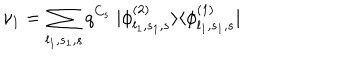
LaTeX: \nu _ { 1 } = \sum _ { l _ { 1 } , s _ { 1 } , s } q ^ { C _ { s } } ~ | \phi _ { l _ { 1 } , s _ { 1 } , s } ^ { ( 2 ) } \rangle \langle \phi _ { l _ { 1 } , s _ { 1 } , s } ^ { ( 1 ) } |